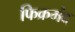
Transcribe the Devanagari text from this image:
फिक्रमंद